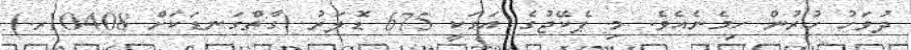
ދުވަހު ހުރުން ހިމެނެއެވެ. މި ޕެކޭޖުގެ އަގަކީ 675 ޑޮލަރު (ގާތްގަނޑަކަށް 10408ރ.)